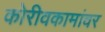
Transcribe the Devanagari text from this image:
कोरीवकामांवर